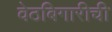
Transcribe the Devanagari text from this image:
वेठबिगारीची